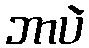
ဘာပဲ